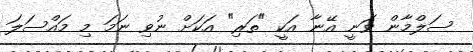
ސަލްމާން ވަނީ އޭނާ އަކީ "ތަރި" އަކަށް ނުވި ނަމަ މި މައްސަލަ